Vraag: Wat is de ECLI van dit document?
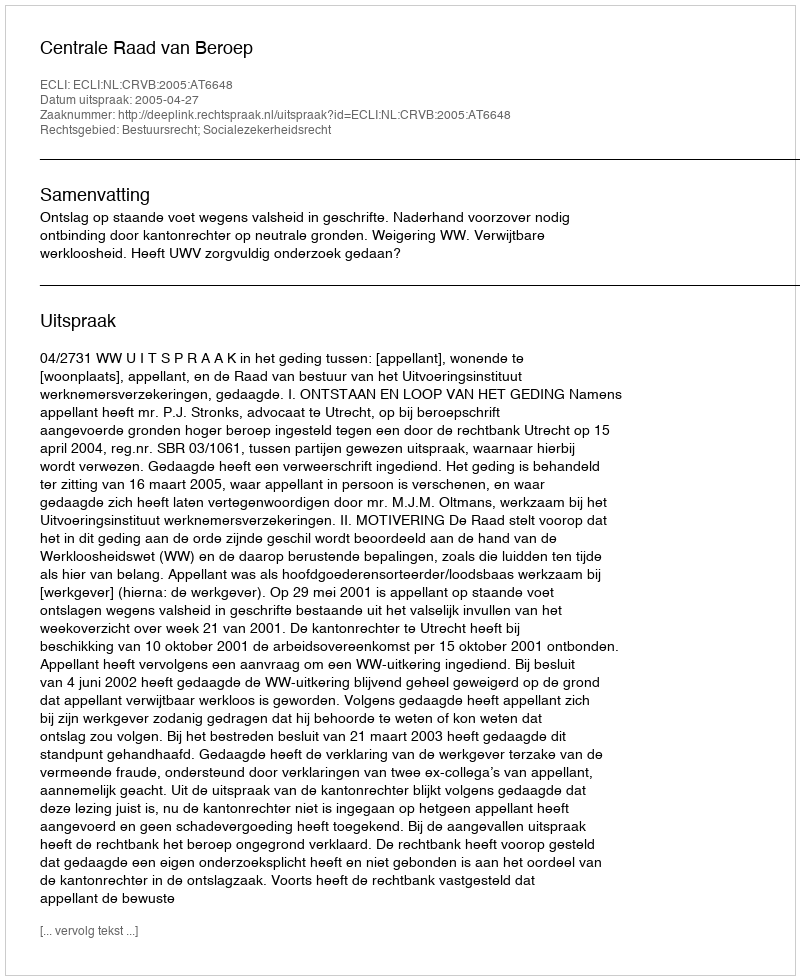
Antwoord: ECLI:NL:CRVB:2005:AT6648